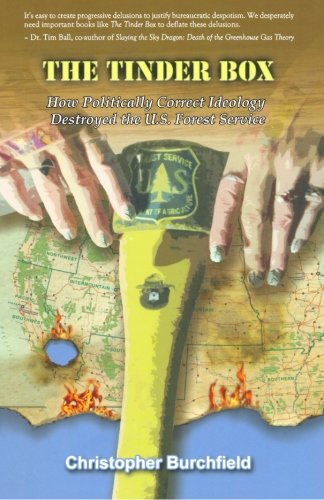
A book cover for The Tinder Box: How Politically Correct Ideology Destroyed the U.S. Forest Service; Christopher Burchfield; Science & Math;